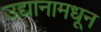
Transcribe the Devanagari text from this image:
उद्यानामधून